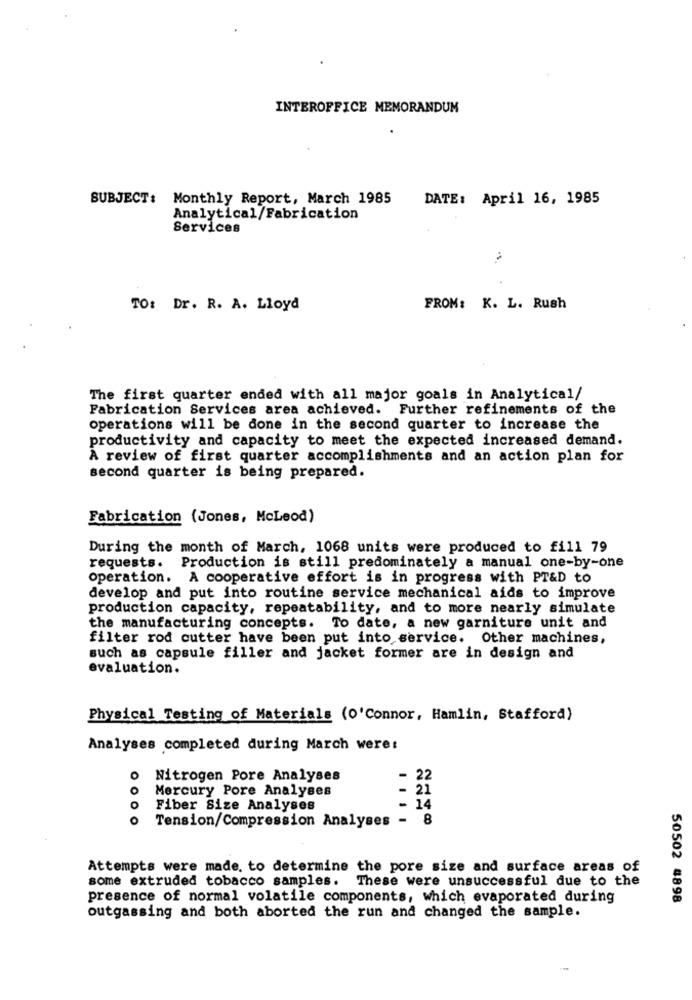
INTEROFFICE MEMORANDUM
SUBJECT: Monthly Report, March 1985
DATE: April 16, 1985
Analytical/Fabrication
Services
TO: Dr. R. A. Lloyd
FROM: K. L. Rush
The first quarter ended with all major goals in Analytical/
Fabrication Services area achieved. Further refinements of the
operations will be done in the second quarter to increase the
productivity and capacity to meet the expected increased demand.
À review of first quarter accomplishments and an action plan for
second quarter is being prepared.
Fabrication (Jones, McLeod)
During the month of March, 1068 units were produced to fill 79
requests. Production is still predominately a manual one-by-one
operation. A cooperative effort is in progress with PT&D to
develop and put into routine service mechanical aids to improve
production capacity, repeatability, and to more nearly simulate
the manufacturing concepts. To date, a new garniture unit and
filter rod cutter have been put into service. Other machines,
such as capsule filler and jacket former are in design and
evaluation.
Physical Testing of Materials (o'Connor, Hamlin, Stafford)
Analyses completed during March were:
O
Nitrogen Pore Analyses
- 22
Mercury Pore Analyses
- 21
O
Fiber Size Analyses
- 14
Tension/Compression Analyses - 8
Attempts were made, to determine the pore size and surface areas of
some extruded tobacco samples. These were unsuccessful due to the
presence of normal volatile components, which evaporated during
50502 4898
outgassing and both aborted the run and changed the sample.